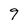
Character: 9